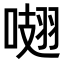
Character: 𠺏